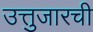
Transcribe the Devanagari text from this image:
उत्तुजारची